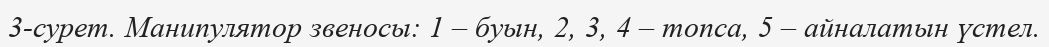
3-сурет. Манипулятор звеносы: 1 – буын, 2, 3, 4 – топса, 5 – айналатын үстел.